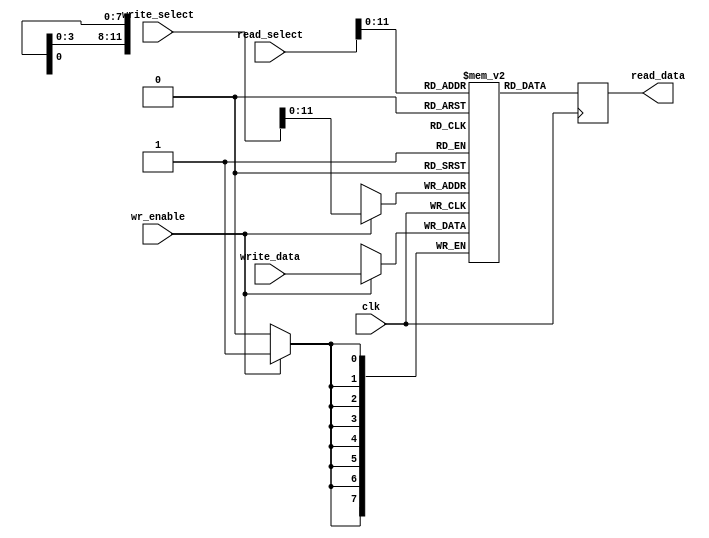
`timescale 1ns / 1ns

// MEM read has no demo in this design

module MEM(
	input clk,
	input wr_enable,
	input [13:0] write_select,
	input [13:0] read_select,
	input [7:0] write_data,
	output reg [7:0] read_data
   );
	
	parameter NUM_DATA = 2499;
	
	reg [7:0] Data [NUM_DATA:0];
	
	always@(posedge clk)
	begin
		 read_data = Data[read_select];
	end

	
	always@(posedge clk)
		begin
		if(wr_enable)
			Data[write_select] <= write_data;
		end

endmodule